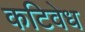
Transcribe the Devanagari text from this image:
कटिवेध